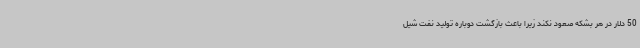
50 دلار در هر بشکه صعود نکند زیرا باعث بازگشت دوباره تولید نفت شیل